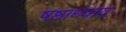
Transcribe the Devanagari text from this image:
षष्ठाध्याय